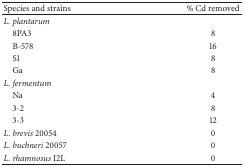
| Species and strains | % Cd removed |
 | --- | --- |
 | L. plantarum |  |
 | 8PA3 | 8 |
 | B-578 | 16 |
 | S1 | 8 |
 | Ga | 8 |
 | L. fermentum |  |
 | Na | 4 |
 | 3-2 | 8 |
 | 3-3 | 12 |
 | L. brevis 20054 | 0 |
 | L. buchneri 20057 | 0 |
 | L. rhamnosus I2L | 0 |